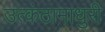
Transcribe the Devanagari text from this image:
उत्कंठामाधुरी